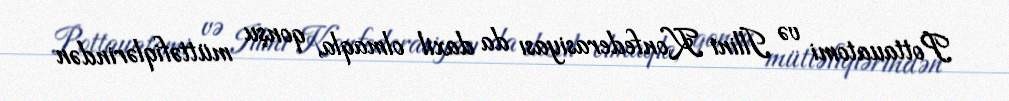
Pottauatomi və Illini Konfederasiyası da daxil olmaqla, qonşu müttəfiqlərindən